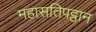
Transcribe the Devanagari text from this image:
महासतिपट्ठान